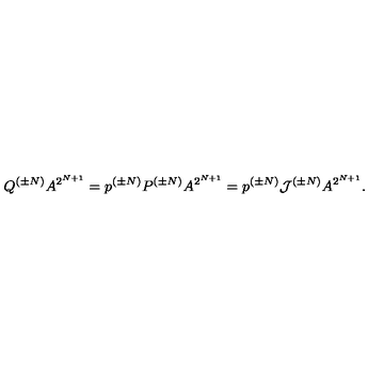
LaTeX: Q ^ { ( \pm N ) } A ^ { 2 ^ { N + 1 } } = p ^ { ( \pm N ) } P ^ { ( \pm N ) } A ^ { 2 ^ { N + 1 } } = p ^ { ( \pm N ) } { \cal J } ^ { ( \pm N ) } A ^ { 2 ^ { N + 1 } } .